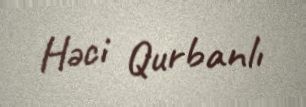
Həci Qurbanlı